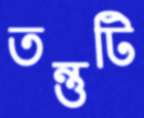
তন্তুটি